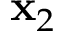
\mathbf { x } _ { 2 }